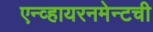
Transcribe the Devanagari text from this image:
एन्व्हायरनमेन्टची